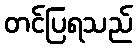
တင်ပြရသည်